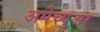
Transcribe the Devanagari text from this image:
अमेच्युअर